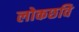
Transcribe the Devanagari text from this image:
लोकछवि